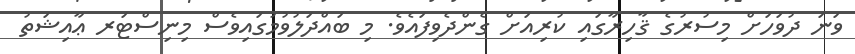
ވަނަ ދުވަހަށް މިސުރުގެ ޤާހިރާގައި ކުރިއަށް ގެންދެވިފައެވެ. މި ބައްދަލުވުމުގައިވެސް މިނިސްޓަރ ޢާއިޝަތު